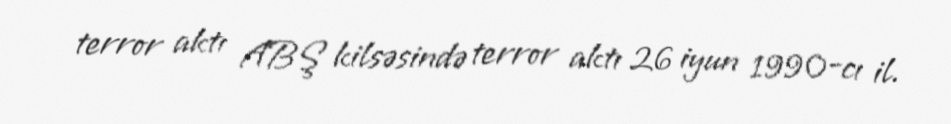
terror aktı ABŞ kilsəsində terror aktı 26 iyun 1990-cı il.